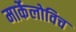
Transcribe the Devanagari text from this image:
मार्केलोविच